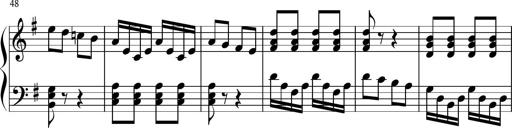
Title: Keyboard Sonatina in G
Composer: Michael Pogudin
Key: G major